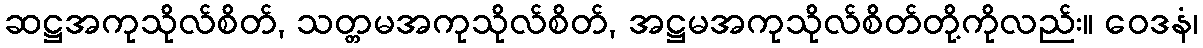
ဆဋ္ဌအကုသိုလ်စိတ်, သတ္တမအကုသိုလ်စိတ်, အဋ္ဌမအကုသိုလ်စိတ်တို့ကိုလည်း။ ဝေဒနံ၊